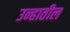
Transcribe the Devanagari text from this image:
उन्हातील